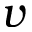
v